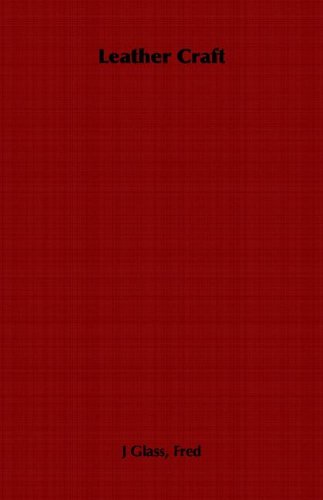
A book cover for Leather Craft; Fred J. Glass; Crafts, Hobbies & Home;